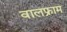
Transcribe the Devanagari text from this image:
वालफ्राम